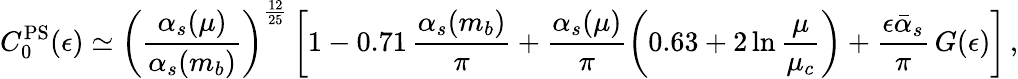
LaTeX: C_{0}^{\mathrm{PS}}(\epsilon)\simeq\left(\frac{\alpha_{s}(\mu)}{\alpha_{s}(m_{b})}\right)^{\frac{12}{25}}\left[1-0.71\, \frac{\alpha_{s}(m_{b})}{\pi}+\frac{\alpha_{s}(\mu)}{\pi}\left(0.63+2\ln\frac{\mu}{\mu_{c}}\right)+\frac{\epsilon\bar{\alpha}_{s}}{\pi}\, G(\epsilon)\right]\, ,